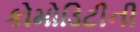
કોમોડિટીની